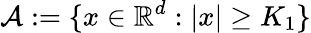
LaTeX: \mathcal{A}:=\{ x\in\mathbb{R}^{d}:|x|\geq K_{1}\}